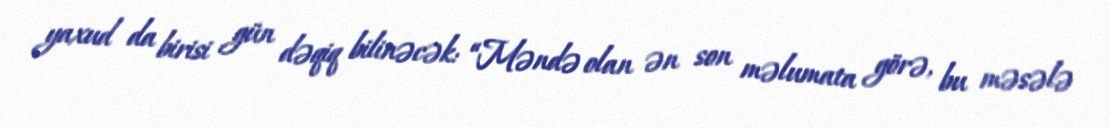
yaxud da birisi gün dəqiq bilinəcək: “Məndə olan ən son məlumata görə, bu məsələ